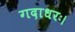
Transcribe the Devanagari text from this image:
गदाधरः।